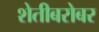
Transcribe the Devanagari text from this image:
शेतीबरोबर